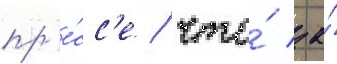
пр'е́сс'е / что́ за́